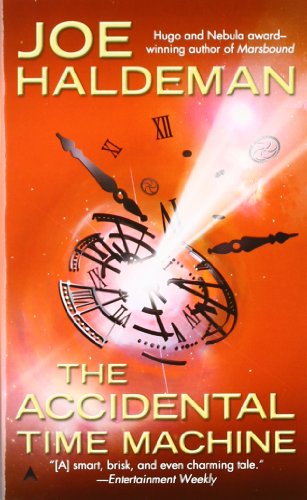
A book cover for The Accidental Time Machine; Joe Haldeman; Science Fiction & Fantasy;